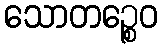
သောတဉ္စေဝ